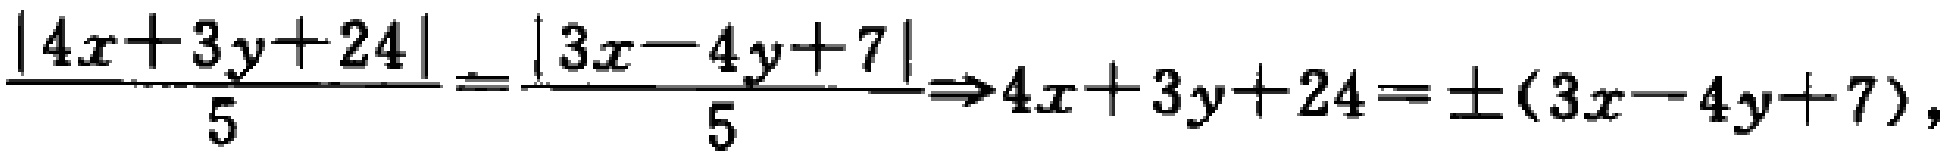
$\frac{|4x + 3y + 24|}{5}=\frac{|3x - 4y + 7|}{5}\Rightarrow4x + 3y + 24=\pm(3x - 4y + 7),$